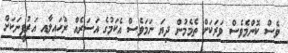
ވެސް ކޮންމެވެސް ވަރަކަށް ތެމެމުން ދިޔަ ނަމަވެސް އެކަމުގެ އަސަރެއް ރުހައިލާއި އަރުފީނަކަށް